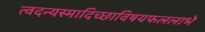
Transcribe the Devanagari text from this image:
त्वदन्यस्मादिच्छाविषयफललाभे